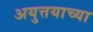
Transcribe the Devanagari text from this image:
अयुत्तयाच्या